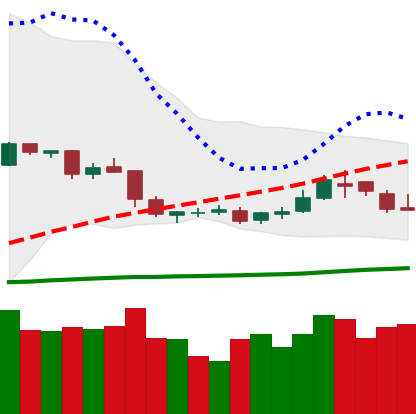
Ticker: DOGE-USD
Chart end date: 2019-05-07
Forward return: 5.087%
Label: up_5_7